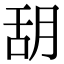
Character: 䑚